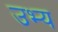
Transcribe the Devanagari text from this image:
उभ्य